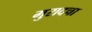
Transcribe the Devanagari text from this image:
मुरादचा